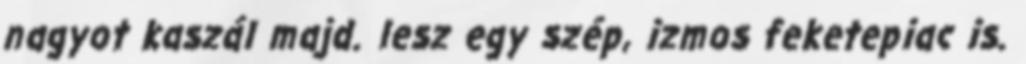
nagyot kaszál majd. lesz egy szép, izmos feketepiac is.